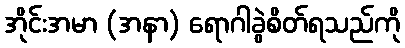
အိုင်းအမာ (အနာ) ရောဂါခွဲစိတ်ရသည်ကို